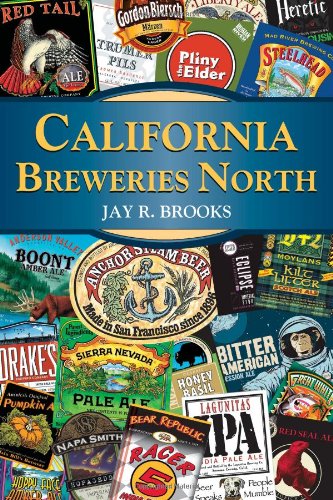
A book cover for California Breweries North (Breweries Series); Jay R. Brooks; Cookbooks, Food & Wine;